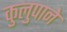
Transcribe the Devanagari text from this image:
कुलुपाने